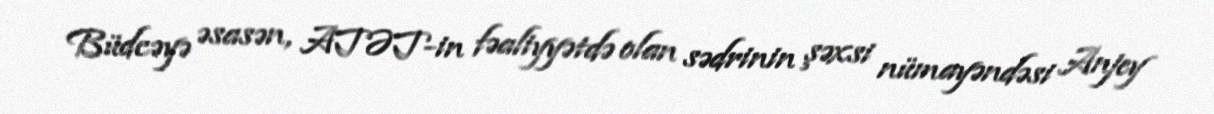
Büdcəyə əsasən, ATƏT-in fəaliyyətdə olan sədrinin şəxsi nümayəndəsi Anjey